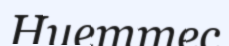
Ниеттес